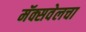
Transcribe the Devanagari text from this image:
मॅक्सवेलचा